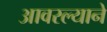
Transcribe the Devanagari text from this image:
आवरल्याने